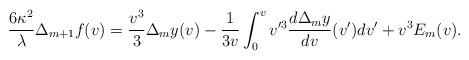
LaTeX: \begin{align*} \frac{6\kappa^2}{\lambda}\Delta_{m+1}f(v)=\frac{v^3}{3}\Delta_my(v)-\frac{1}{3v}\int_0^vv'^3\frac{d\Delta_my}{dv}(v')dv'+v^3E_m(v).\end{align*}